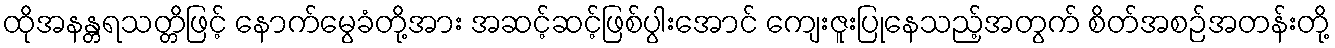
ထိုအနန္တရသတ္တိဖြင့် နောက်မွေခံတို့အား အဆင့်ဆင့်ဖြစ်ပွါးအောင် ကျေးဇူးပြုနေသည့်အတွက် စိတ်အစဉ်အတန်းတို့